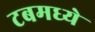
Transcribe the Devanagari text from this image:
टबमध्ये